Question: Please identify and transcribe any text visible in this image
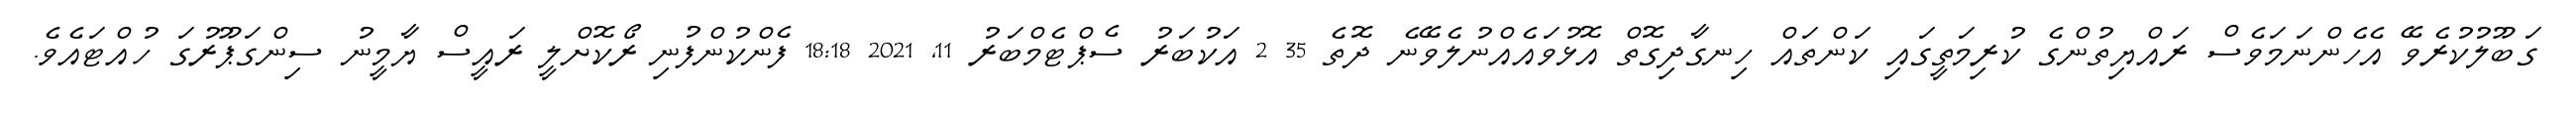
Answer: ގަބޫލުކުރެވޭ އެހެންނަމަވެސް ރައްޔިތުންގެ ކުރިމަތީގައި ކަންތައް ހިނގާދިގޮތް އޮޅުވައެއްނުލެވޭނެ ދޮތެ 35 2 އަކުބަރު ސެޕްޓެމްބަރު 11, 2021 18:18 ފެންކުންފުނި ރޯކޮށްލީ ރައީސް ޔާމީނު ސިންގަޕޫރުގަ ހުއްޓައެވެ.